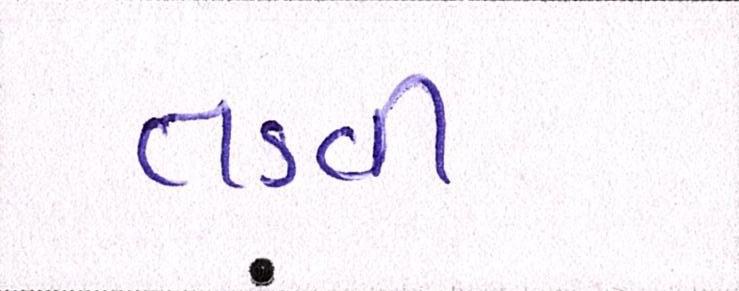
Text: તડવી